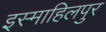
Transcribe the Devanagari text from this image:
इस्माहिलपुर